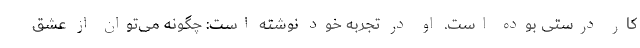
کار درستی بوده است. او در تجربه خود نوشته است: چگونه می‌توان از عشق